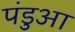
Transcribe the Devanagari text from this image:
पंडुआ